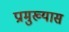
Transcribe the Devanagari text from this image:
प्रामुख्यास